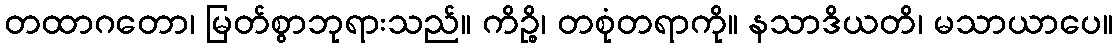
တထာဂတော၊ မြတ်စွာဘုရားသည်။ ကိဉ္စိ၊ တစုံတရာကို။ နသာဒိယတိ၊ မသာယာပေ။